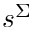
s ^ { \Sigma }